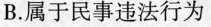
B.属于民事违法行为